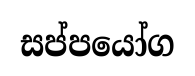
සප්පයෝග